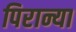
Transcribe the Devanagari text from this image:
पिरान्या